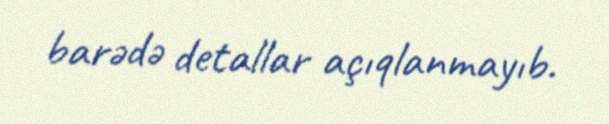
barədə detallar açıqlanmayıb.